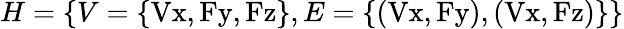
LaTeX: H=\{ V=\{ \mathrm{Vx,Fy,Fz}\} ,E=\{ \mathrm{(Vx,Fy),(Vx,Fz)}\} \}